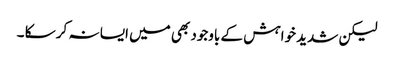
لیکن شدید خواہش کے باوجود بھی میں ایسا نہ کر سکا ۔